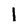
Character: 1